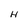
Character: H